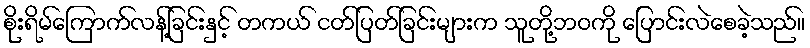
စိုးရိမ်ကြောက်လန့်ခြင်းနှင့် တကယ် ငတ်ပြတ်ခြင်းများက သူတို့ဘဝကို ပြောင်းလဲစေခဲ့သည်။